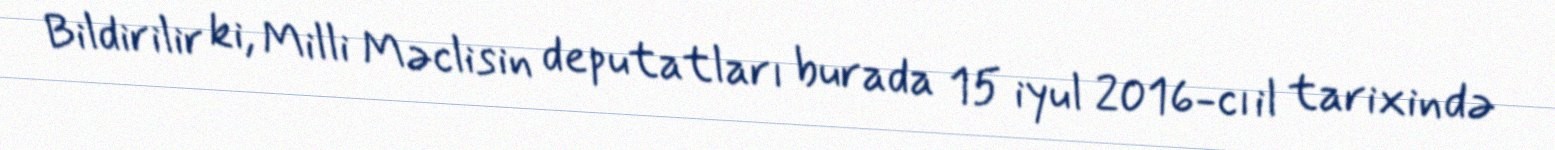
Bildirilir ki, Milli Məclisin deputatları burada 15 iyul 2016-cı il tarixində